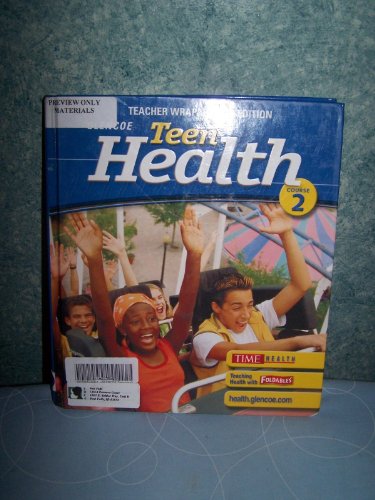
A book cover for Teen Health, Course 2: Teacher's Wraparound Edition; Mary Bronson Merki; Health, Fitness & Dieting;